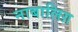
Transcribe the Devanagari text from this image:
नाबालिग़